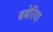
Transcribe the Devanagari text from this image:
बबेरिया